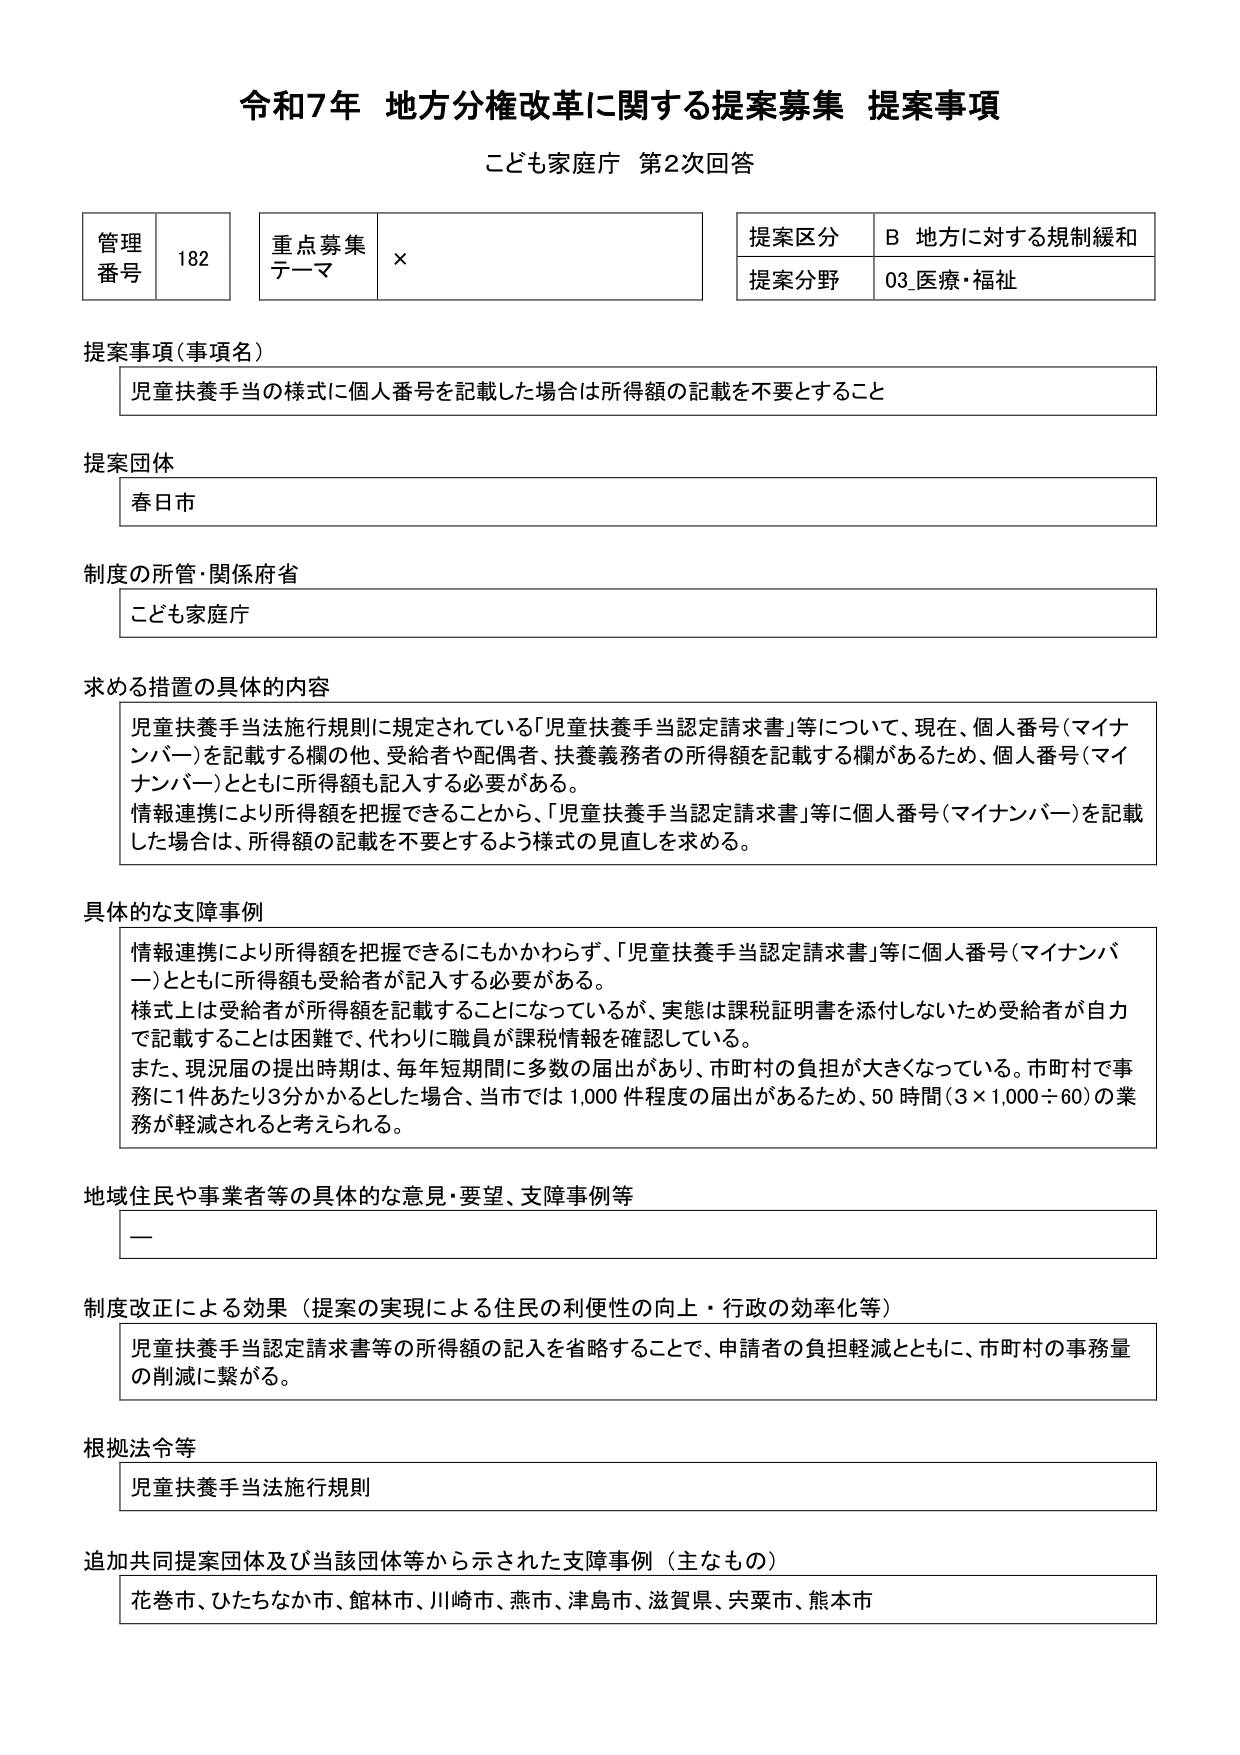
令和7年 地方分権改革に関する提案募集 提案事項
こども家庭庁 第2次回答

管理番号 182
重点募集テーマ ×
提案区分 B 地方に対する規制緩和
提案分野 03_医療・福祉

提案事項（事項名）
児童扶養手当の様式に個人番号を記載した場合は所得額の記載を不要とすること

提案団体
春日市

制度の所管・関係府省
こども家庭庁

求める措置の具体的内容
児童扶養手当法施行規則に規定されている「児童扶養手当認定請求書」等について、現在、個人番号（マイナンバー）を記載する欄の他、受給者や配偶者、扶養義務者の所得額を記載する欄があるため、個人番号（マイナンバー）とともに所得額も記入する必要がある。
情報連携により所得額を把握できることから、「児童扶養手当認定請求書」等に個人番号（マイナンバー）を記載した場合は、所得額の記載を不要とするよう様式の見直しを求める。

具体的な支障事例
情報連携により所得額を把握できるにもかかわらず、「児童扶養手当認定請求書」等に個人番号（マイナンバー）とともに所得額も受給者が記入する必要がある。
様式上は受給者が所得額を記載することになっているが、実態は課税証明書を添付しないため受給者が自力で記載することは困難で、代わりに職員が課税情報を確認している。
また、現況届の提出時期は、毎年短期間に多数の届出があり、市町村の負担が大きくなっている。市町村で事務に1件あたり3分かかるとした場合、当市では1,000件程度の届出があるため、50時間（3×1,000÷60）の業務が軽減されると考えられる。

地域住民や事業者等の具体的な意見・要望、支障事例等
ー

制度改正による効果（提案の実現による住民の利便性の向上・行政の効率化等）
児童扶養手当認定請求書等の所得額の記入を省略することで、申請者の負担軽減とともに、市町村の事務量の削減に繋がる。

根拠法令等
児童扶養手当法施行規則

追加共同提案団体及び当該団体等から示された支障事例（主なもの）
花巻市、ひたちなか市、館林市、川崎市、燕市、津島市、滋賀県、宍粟市、熊本市